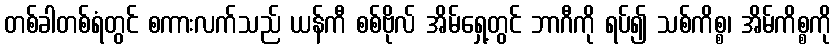
တစ်ခါတစ်ရံတွင် စကားလက်သည် ယန်ကီ စစ်ဗိုလ် အိမ်ရှေ့တွင် ဘာဂီကို ရပ်၍ သစ်ကိစ္စ၊ အိမ်ကိစ္စကို